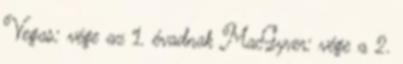
Vegas: vége az 1. évadnak MacGyver: vége a 2.